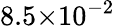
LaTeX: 8.5{\times}10^{-2}